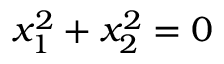
x _ { 1 } ^ { 2 } + x _ { 2 } ^ { 2 } = 0